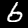
Label: 6